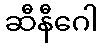
ဆီနီဂေါ